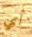
أي